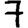
Digit: 7